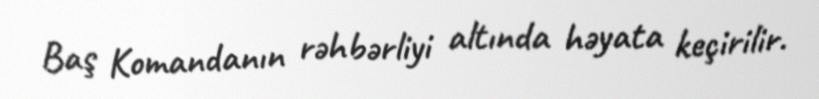
Baş Komandanın rəhbərliyi altında həyata keçirilir.